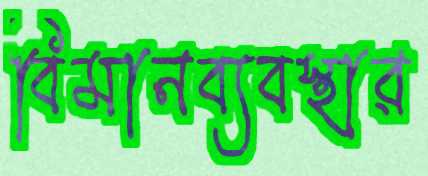
বিমানব্যবস্থার